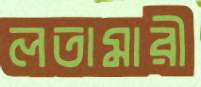
লতামারী